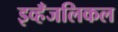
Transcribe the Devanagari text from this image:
इव्हँजलिकल